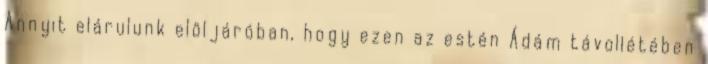
Annyit elárulunk elöljáróban, hogy ezen az estén Ádám távollétében